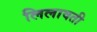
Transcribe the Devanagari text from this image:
लिलावती